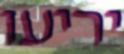
יריעו